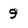
Character: 9